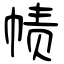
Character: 帻